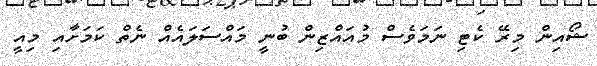
ޝޯއިން މިރޭ ކެޓި ނަމަވެސް މުއައްޒިން ބުނީ މައްސަލައެއް ނެތް ކަމަށާއި މިއީ